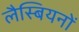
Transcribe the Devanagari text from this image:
लैस्बियनों